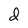
Character: d